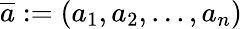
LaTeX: {\overline{{a}}}:=(a_{1},a_{2},...,a_{n})